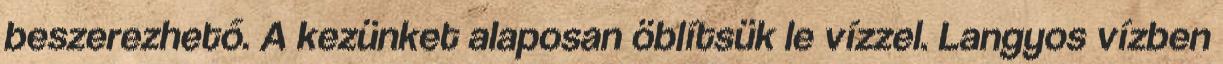
beszerezhető. A kezünket alaposan öblítsük le vízzel. Langyos vízben